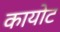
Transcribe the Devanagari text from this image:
कायोट